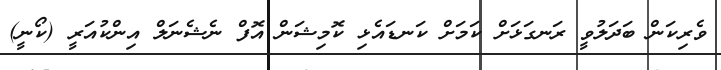
ވެރިކަން ބަދަލުވީ ރަނގަޅަށް ކަމަށް ކަނޑައެޅި ކޮމިޝަން އޮފް ނެޝެނަލް އިންކުއަރީ (ކޯނީ)